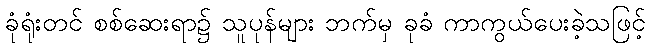
ခုံရုံးတင် စစ်ဆေးရာ၌ သူပုန်များ ဘက်မှ ခုခံ ကာကွယ်ပေးခဲ့သဖြင့်